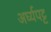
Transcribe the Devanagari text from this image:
अर्घ्यपट्ट